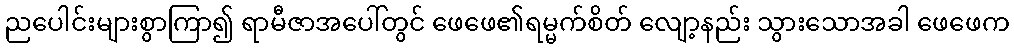
ညပေါင်းများစွာကြာ၍ ရာမီဇာအပေါ်တွင် ဖေဖေ၏ရမ္မက်စိတ် လျော့နည်း သွားသောအခါ ဖေဖေက